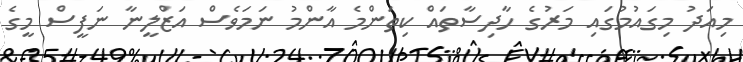
މިއަދު މިގައުމުގައި މަރުގެ ހާދިސާތައް ކިތަންމެ އާންމު ނަމަވެސް އަޒްލީނާ ނަފީސް މީގެ